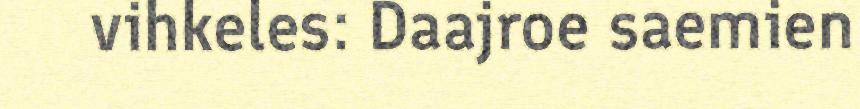
vihkeles: Daajroe saemien